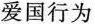
爱国行为